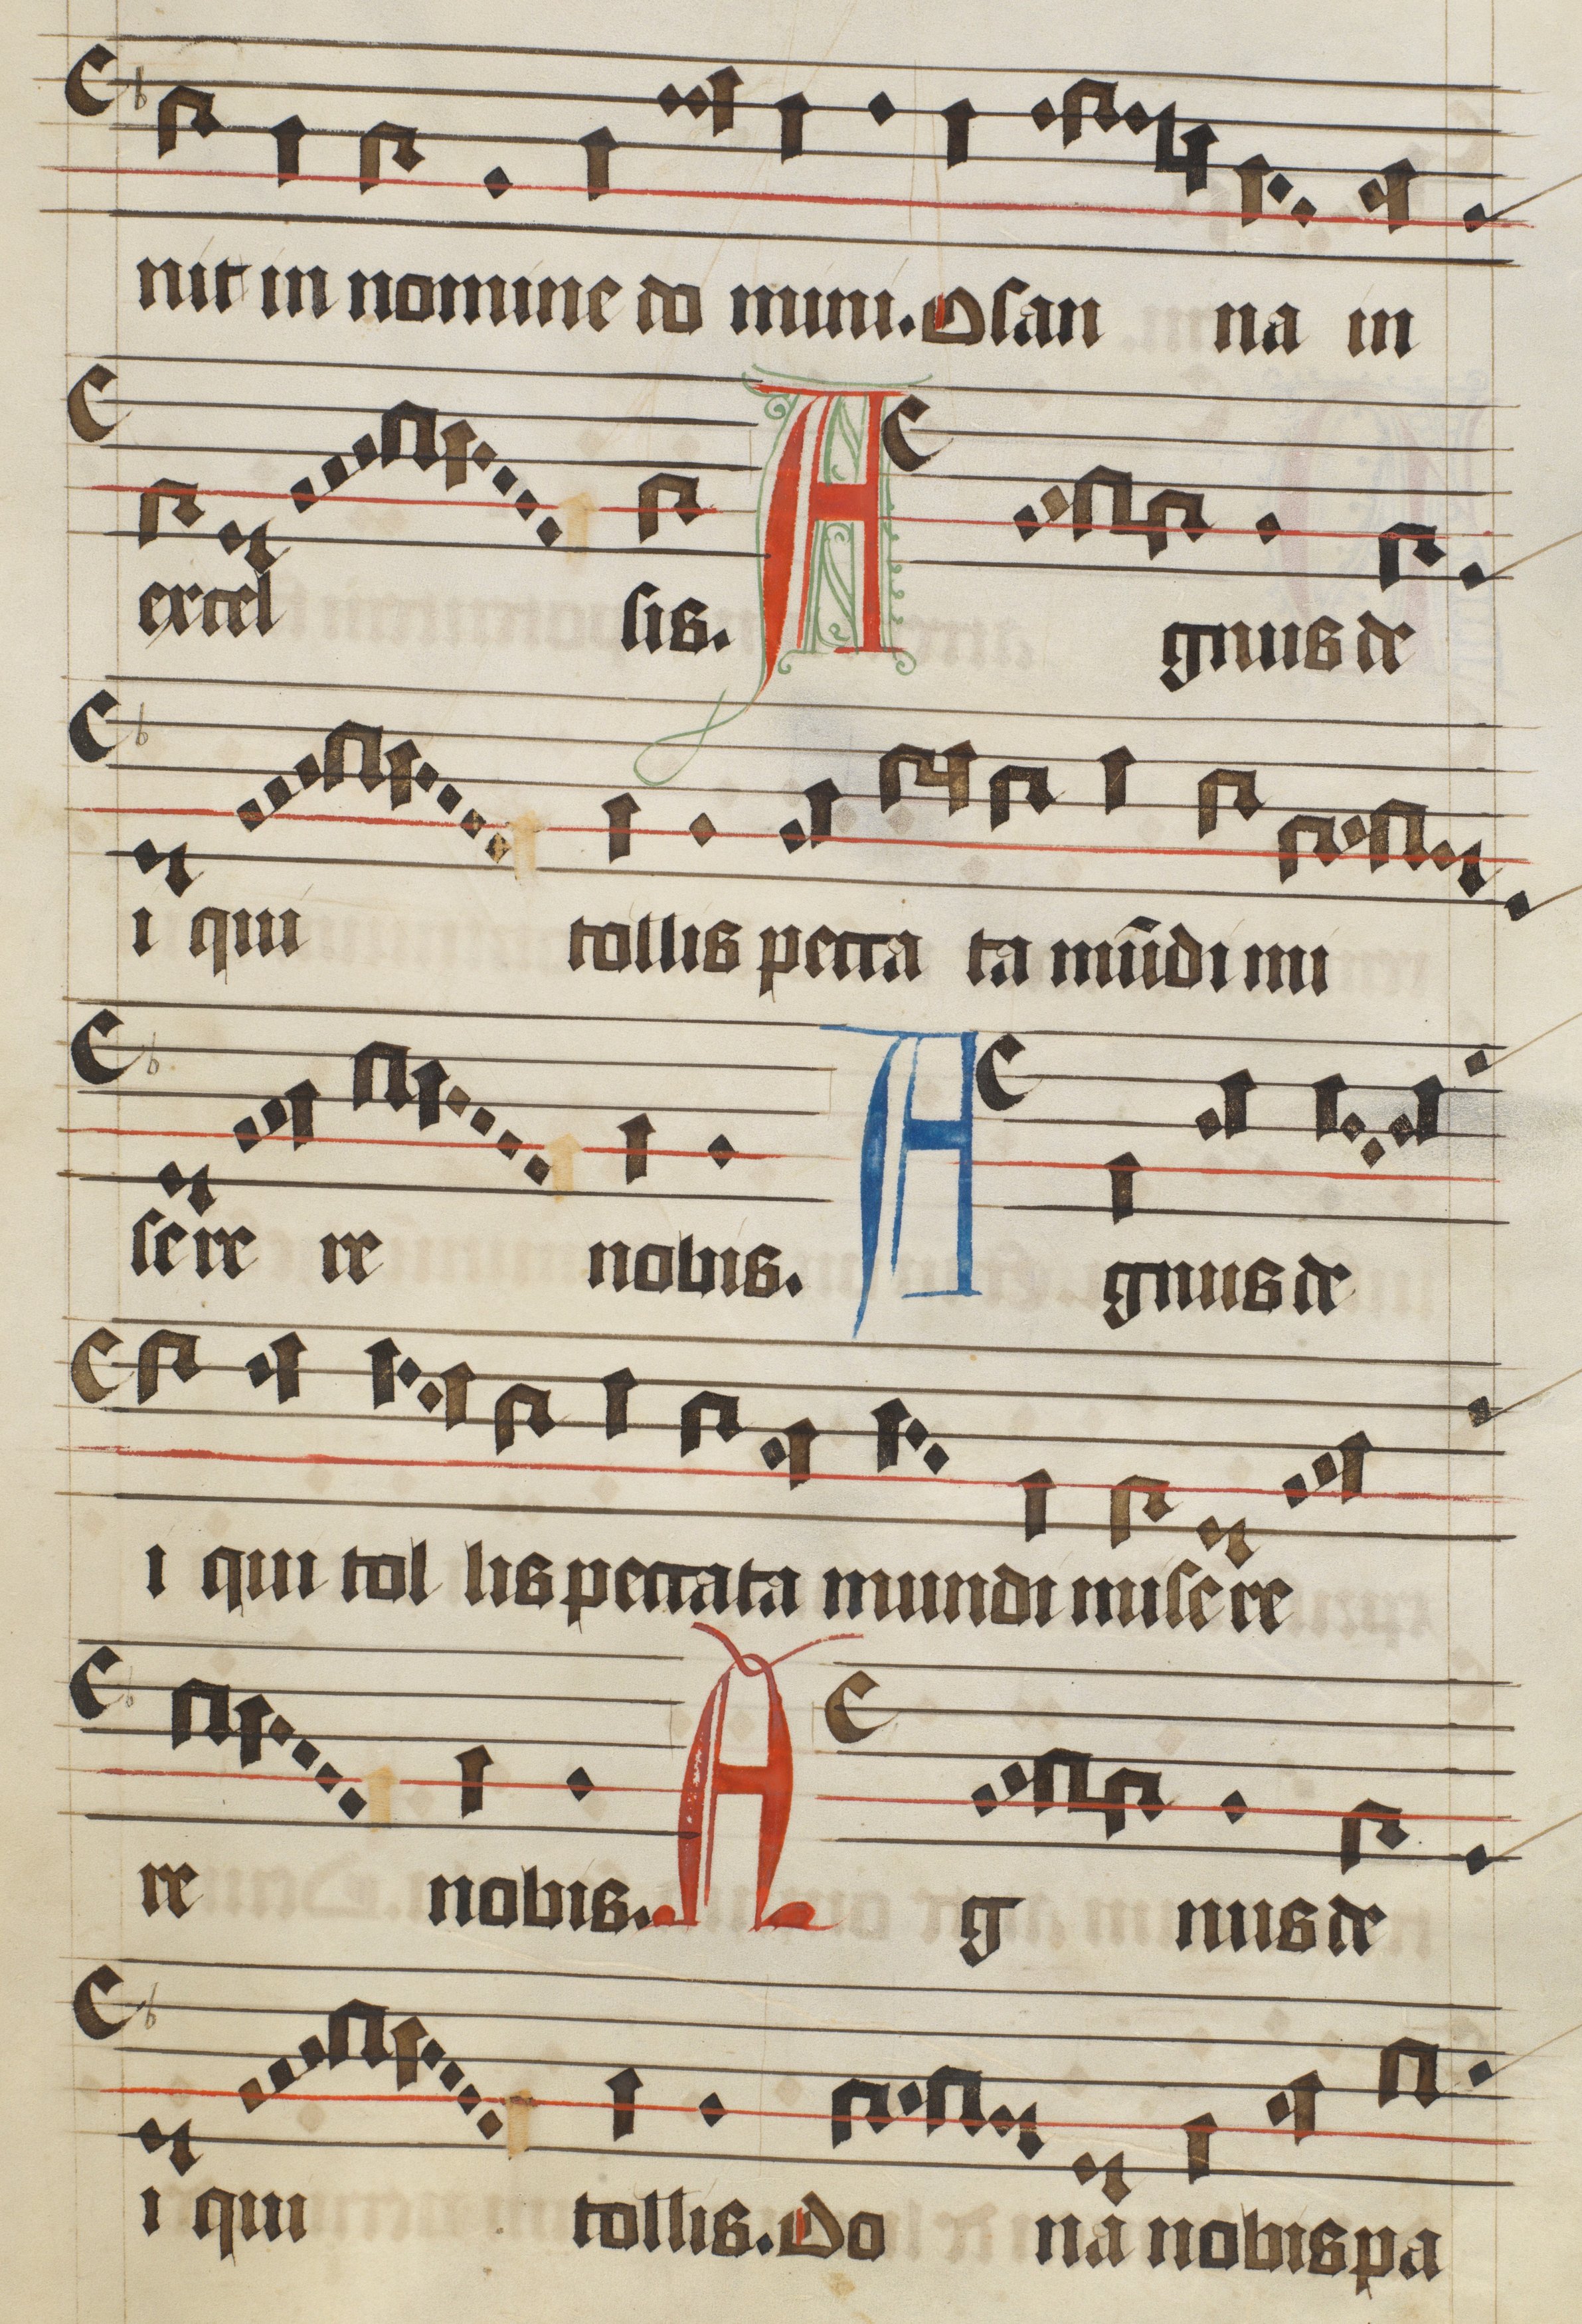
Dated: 1475–1499